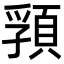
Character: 𩓖